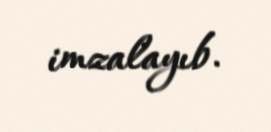
imzalayıb.